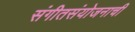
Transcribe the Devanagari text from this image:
संगीतसंयोजनाची